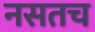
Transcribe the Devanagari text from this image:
नसतच